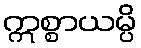
ဣစ္စာယမ္ပိ